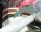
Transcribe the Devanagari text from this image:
ज्योस्पैटियल